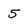
Character: 5